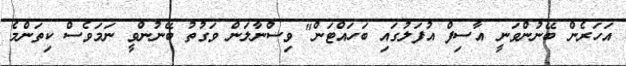
އަހަރެން ބޭނުންވަނީ އާސިފް އުފަލުގައި ބަހައްޓަން" ވިސްނާލަން ވަގުތު ބޭނުންވީ ނަމަވެސް ކިތަންމެ